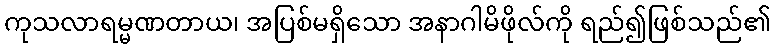
ကုသလာရမ္မဏတာယ၊ အပြစ်မရှိသော အနာဂါမိဖိုလ်ကို ရည်၍ဖြစ်သည်၏